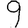
Digit: 9